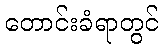
တောင်းခံရာတွင်